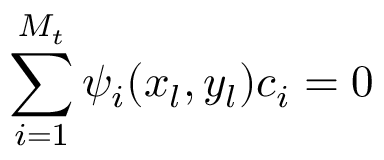
\sum _ { i = 1 } ^ { M _ { t } } \psi _ { i } ( x _ { l } , y _ { l } ) c _ { i } = 0